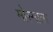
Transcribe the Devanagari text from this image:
मोस्माला